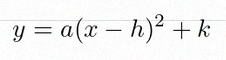
y=a(x-h)^2+k